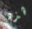
هذه